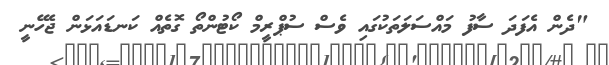
"ދެން އެފަދަ ސާފު މައްސަލަތަކުގައި ވެސް ސުޕްރީމް ކޯޓުންތޯ ގޮތެއް ކަނޑައަޅަން ޖެހޭނީ